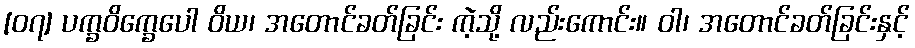
[၀၇] ပက္ခဝိက္ခေပေါ ဝိယ၊ အတောင်ခတ်ခြင်း ကဲ့သို့ လည်းကောင်း။ ဝါ၊ အတောင်ခတ်ခြင်းနှင့်